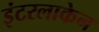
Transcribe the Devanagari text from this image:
इंटरलाकेन